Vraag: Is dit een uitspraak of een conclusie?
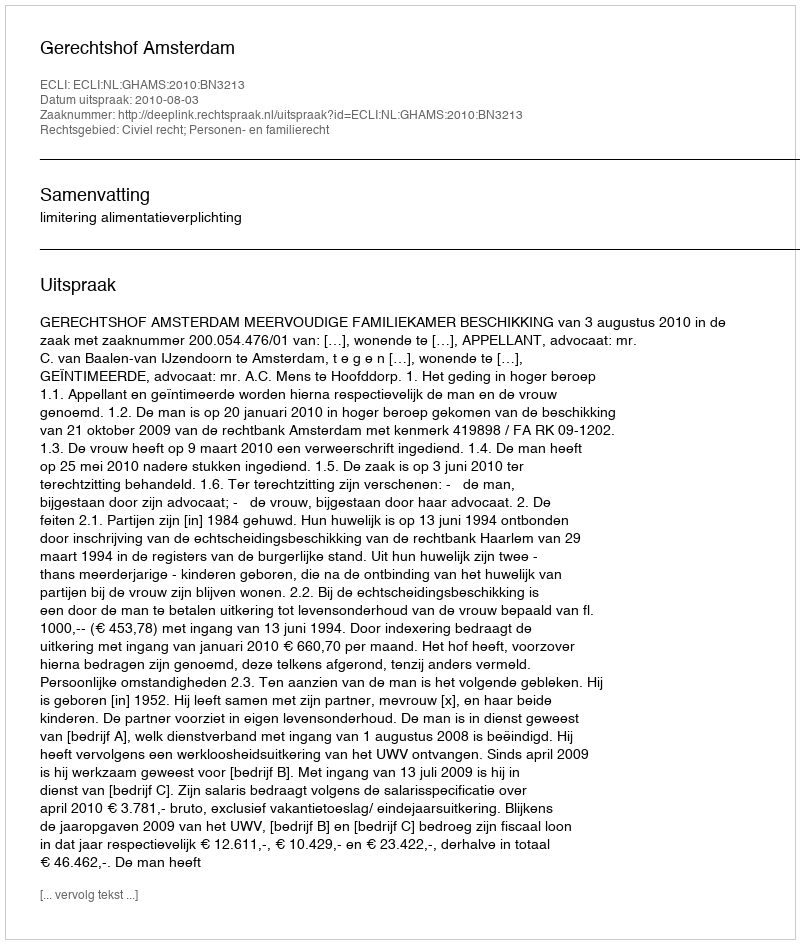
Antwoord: Uitspraak